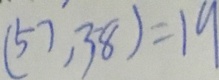
( 5 7 , 3 8 ) = 1 9